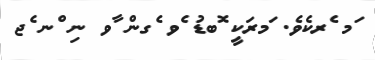
ަމ ެރކެވެ. ަމރަކީ ޮބޑު ެވ ެގން ާވ ނި ްނ ެޖ